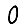
Digit: 0